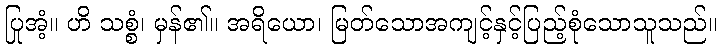
ပြုအံ့။ ဟိ သစ္စံ၊ မှန်၏။ အရိယော၊ မြတ်သောအကျင့်နှင့်ပြည့်စုံသောသူသည်။